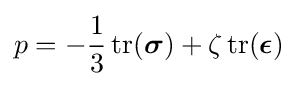
p=-{\frac {1}{3}}\operatorname {tr} ({\boldsymbol {\sigma }})+\zeta \operatorname {tr} ({\boldsymbol {\epsilon }})